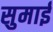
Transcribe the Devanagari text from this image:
सुमाई